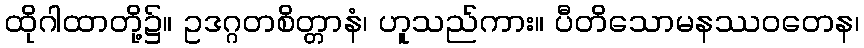
ထိုဂါထာတို့၌။ ဥဒဂ္ဂတစိတ္တာနံ၊ ဟူသည်ကား။ ပီတိသောမနဿဝတေန၊